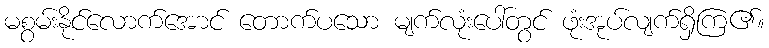
မစွမ်းနိုင်လောက်အောင် တောက်ပသော မျက်လုံးပေါ်တွင် ဖုံးအုပ်လျက်ရှိကြ၏။